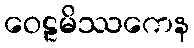
ဝေဠမိဿကေန